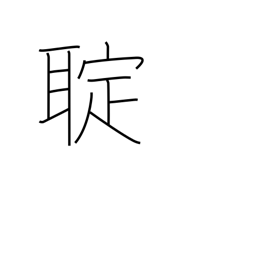
Meaning: (kokuji)